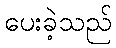
ပေးခဲ့သည်